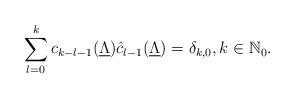
LaTeX: \begin{align*} \sum_{l=0}^kc_{k-l-1}(\underline{\Lambda})\hat{c}_{l-1}(\underline{\Lambda})=\delta_{k,0},k\in\mathbb{N}_0.\end{align*}